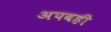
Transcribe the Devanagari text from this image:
अपवही